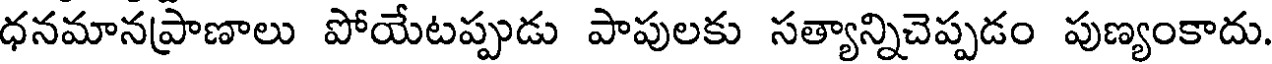
ధనమానప్రాణాలు పోయేటప్పుడు పాపులకు సత్యాన్నిచెప్పడం పుణ్యంకాదు.